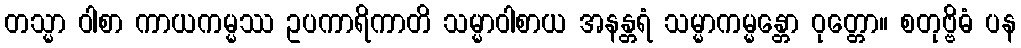
တသ္မာ ဝါစာ ကာယကမ္မဿ ဥပကာရိကာတိ သမ္မာဝါစာယ အနန္တရံ သမ္မာကမ္မန္တော ဝုတ္တော။ စတုဗ္ဗိဓံ ပန